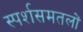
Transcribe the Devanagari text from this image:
स्पर्शसमतलों